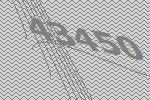
43450